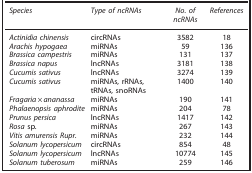
<table><thead><tr><td><b><i>Species</i></b></td><td><b><i>Type of ncRNAs</i></b></td><td><b><i>No. of ncRNAs</i></b></td><td><b><i>References</i></b></td></tr></thead><tbody><tr><td><i>Actinidia chinensis</i></td><td>circRNAs</td><td>3582</td><td>18</td></tr><tr><td><i>Arachis hypogaea</i></td><td>miRNAs</td><td>59</td><td>136</td></tr><tr><td><i>Brassica campestris</i></td><td>miRNAs</td><td>131</td><td>137</td></tr><tr><td><i>Brassica napus</i></td><td>lncRNAs</td><td>3181</td><td>138</td></tr><tr><td><i>Cucumis sativus</i></td><td>lncRNAs</td><td>3274</td><td>139</td></tr><tr><td><i>Cucumis sativus</i></td><td>miRNAs, rRNAs, tRNAs, snoRNAs</td><td>1400</td><td>140</td></tr><tr><td><i>Fragaria×ananassa</i></td><td>miRNAs</td><td>190</td><td>141</td></tr><tr><td><i>Phalaenopsis aphrodite</i></td><td>miRNAs</td><td>204</td><td>78</td></tr><tr><td><i>Prunus persica</i></td><td>lncRNAs</td><td>1417</td><td>142</td></tr><tr><td><i>Rosa</i> sp.</td><td>miRNAs</td><td>267</td><td>143</td></tr><tr><td><i>Vitis amurensis Rupr.</i></td><td>miRNAs</td><td>232</td><td>144</td></tr><tr><td><i>Solanum lycopersicum</i></td><td>circRNAs</td><td>854</td><td>48</td></tr><tr><td><i>Solanum lycopersicum</i></td><td>lncRNAs</td><td>10774</td><td>145</td></tr><tr><td><i>Solanum tuberosum</i></td><td>miRNAs</td><td>259</td><td>146</td></tr></tbody></table>